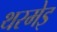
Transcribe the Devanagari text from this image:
थरमेइ